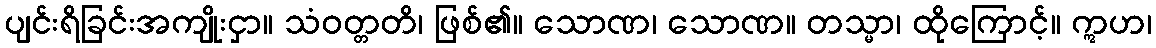
ပျင်းရိခြင်းအကျိုးငှာ။ သံဝတ္တတိ၊ ဖြစ်၏။ သောဏ၊ သောဏ။ တသ္မာ၊ ထိုကြောင့်။ ဣဟ၊